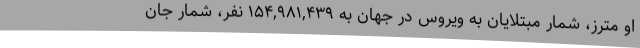
او مترز، شمار مبتلایان به ویروس در جهان به ۱۵۴,۹۸۱,۴۳۹ نفر، شمار جان